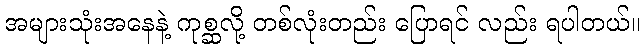
အများသုံးအနေနဲ့ ကုစ္ဆလို့ တစ်လုံးတည်း ပြောရင် လည်း ရပါတယ်။